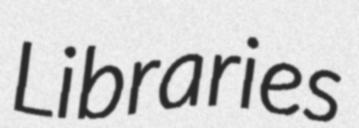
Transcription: Libraries